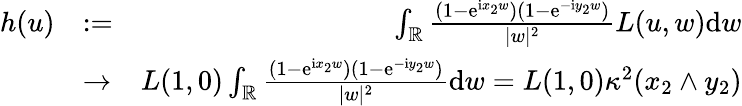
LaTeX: \begin{array}{rlr}{h(u)}&{:=}&{\int_{\mathbb{R}}\frac{(1-\mathrm e^{\mathrm ix_{2}w})(1-\mathrm e^{-\mathrm iy_{2}w})}{|w|^{2}}L(u,w)\mathrm dw}\\ &{\to}&{L(1,0)\int_{\mathbb{R}}\frac{(1-\mathrm e^{\mathrm ix_{2}w})(1-\mathrm e^{-\mathrm iy_{2}w})}{|w|^{2}}\mathrm dw=L(1,0)\kappa^{2}(x_{2}\wedge y_{2})}\end{array}